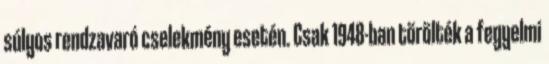
súlyos rendzavaró cselekmény esetén. Csak 1948-ban törölték a fegyelmi